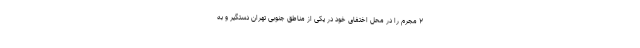
۲ مجرم را در محل اختفای خود در یکی از مناطق جنوبی تهران دستگیر و به